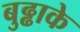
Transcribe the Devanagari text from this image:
बुढ्ढाके